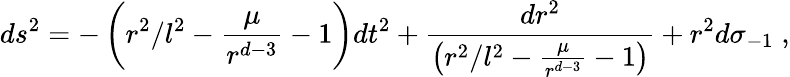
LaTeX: ds^{2}=-\left(r^{2}/l^{2}-\frac{\mu}{r^{d-3}}-1\right)dt^{2}+\frac{dr^{2}}{\left(r^{2}/l^{2}-\frac{\mu}{r^{d-3}}-1\right)}+r^{2}d\sigma_{-1}\; ,